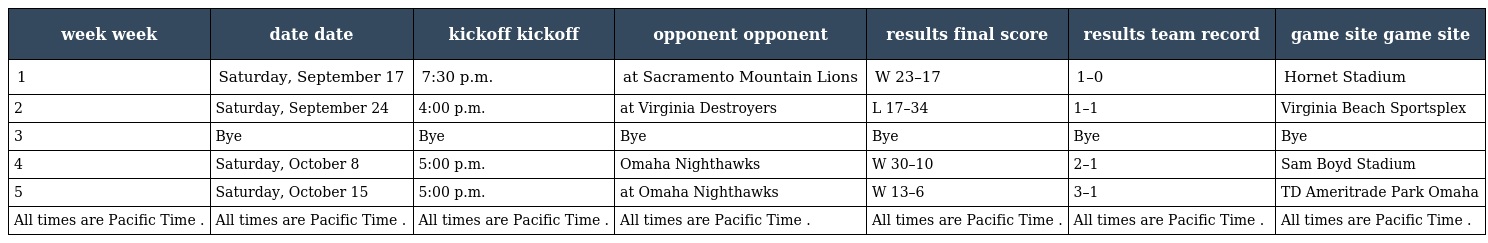
| week week | date date | kickoff kickoff | opponent opponent | results final score | results team record | game site game site |
 | --- | --- | --- | --- | --- | --- | --- |
 | 1 | Saturday, September 17 | 7:30 p.m. | at Sacramento Mountain Lions | W 23–17 | 1–0 | Hornet Stadium |
 | 2 | Saturday, September 24 | 4:00 p.m. | at Virginia Destroyers | L 17–34 | 1–1 | Virginia Beach Sportsplex |
 | 3 | Bye | Bye | Bye | Bye | Bye | Bye |
 | 4 | Saturday, October 8 | 5:00 p.m. | Omaha Nighthawks | W 30–10 | 2–1 | Sam Boyd Stadium |
 | 5 | Saturday, October 15 | 5:00 p.m. | at Omaha Nighthawks | W 13–6 | 3–1 | TD Ameritrade Park Omaha |
 | All times are Pacific Time . | All times are Pacific Time . | All times are Pacific Time . | All times are Pacific Time . | All times are Pacific Time . | All times are Pacific Time . | All times are Pacific Time . |